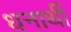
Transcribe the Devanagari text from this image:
धनार्थी